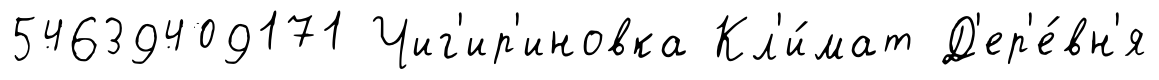
54639409171 Чиг'ир'иновка Кл'и́мат Д'ер'е́вн'я